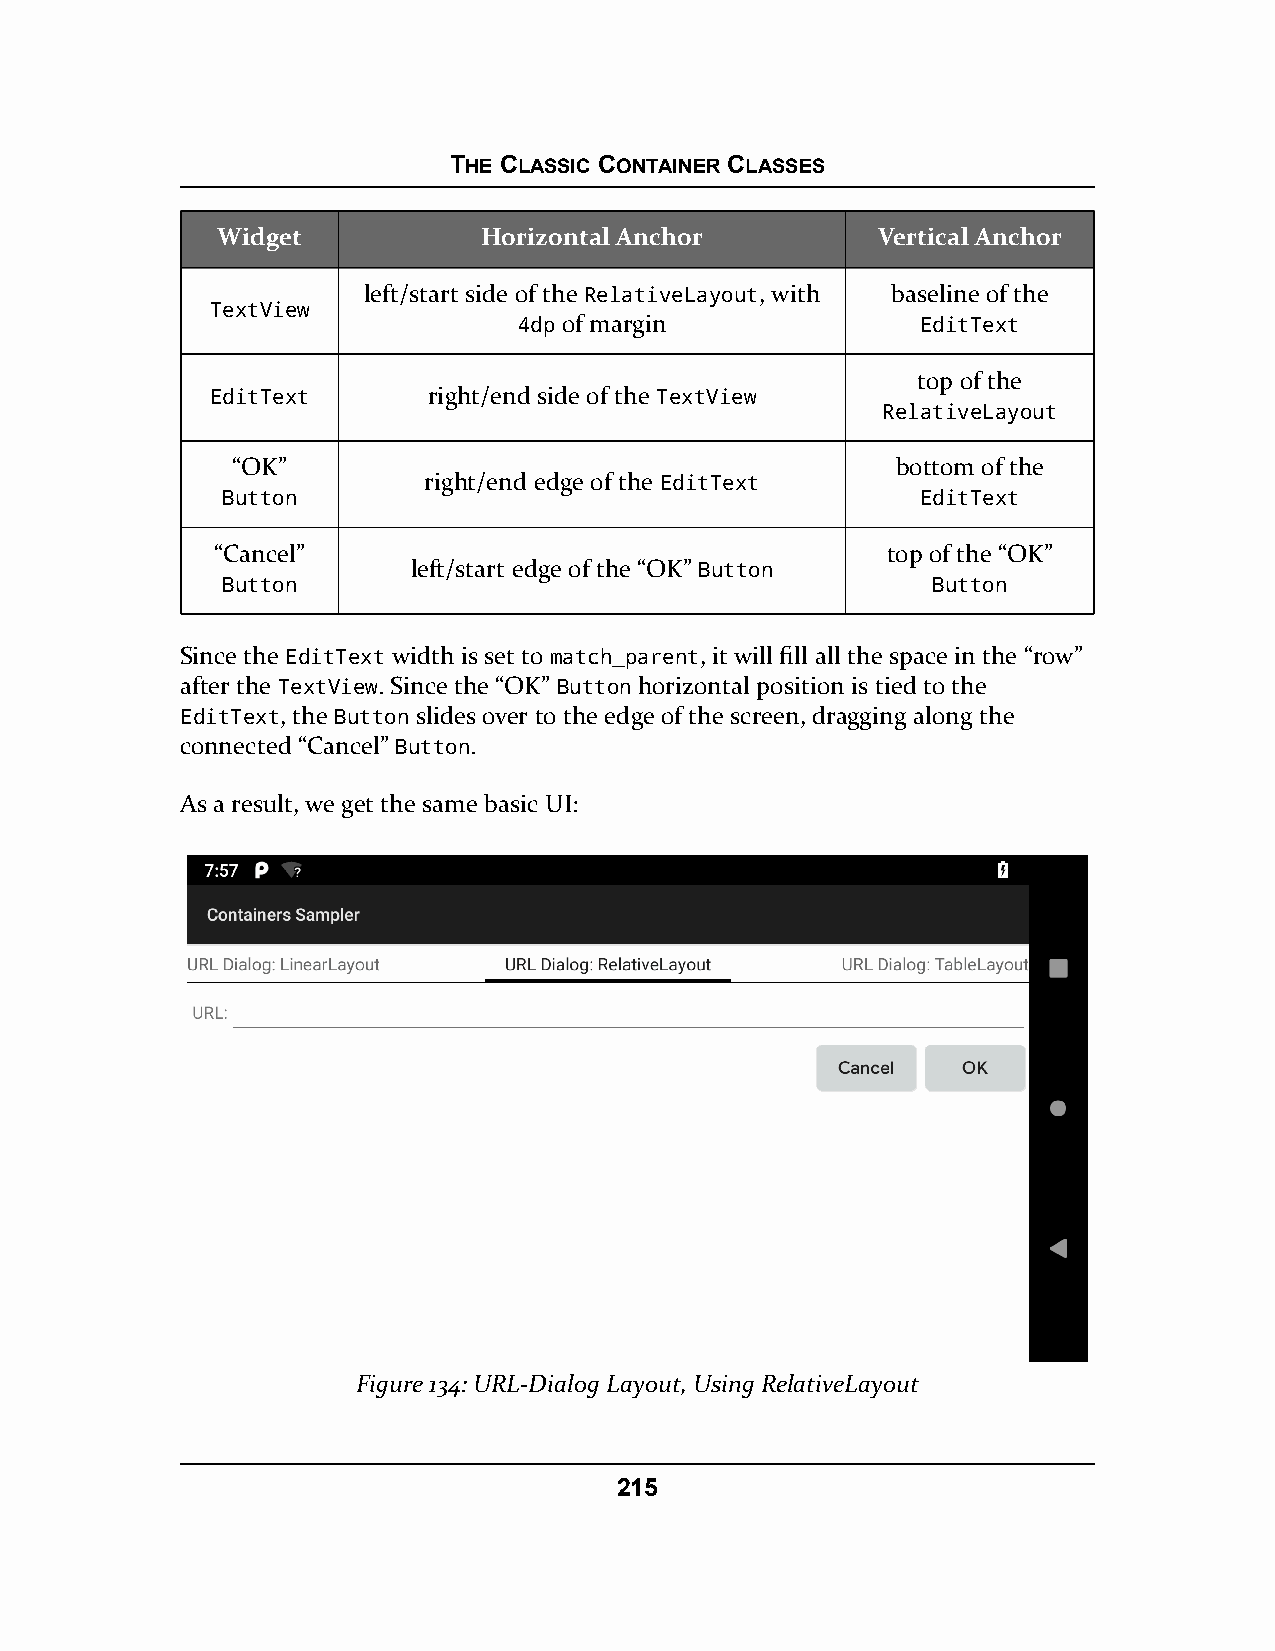
THE CLASSIC CONTAINER CLASSES
 Widget            Horizontal Anchor         Vertical Anchor
 left/start side of the RelativeLayout, with baseline of the
 TextView
 4dp of margin              EditText
 top of the
 EditText      right/end side of the TextView
 RelativeLayout
 “OK”                                        bottom of the
 right/end edge of the EditText
 Button                                        EditText
 “Cancel”                                     top of the “OK”
 left/start edge of the “OK” Button
 Button                                         Button
 Since the EditText width is set to match_parent, it will fill all the space in the “row”
 after the TextView. Since the “OK” Button horizontal position is tied to the
 EditText, the Button slides over to the edge of the screen, dragging along the
 connected “Cancel” Button.
 As a result, we get the same basic UI:
 Figure 134: URL-Dialog Layout, Using RelativeLayout
 215